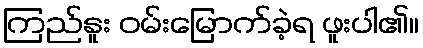
ကြည်နူး ဝမ်းမြောက်ခဲ့ရ ဖူးပါ၏။